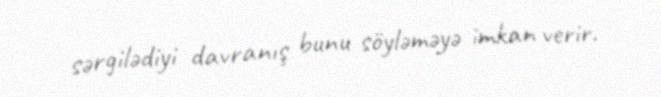
sərgilədiyi davranış bunu söyləməyə imkan verir.